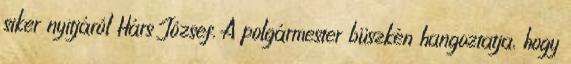
siker nyitjáról Hárs József. A polgármester büszkén hangoztatja, hogy